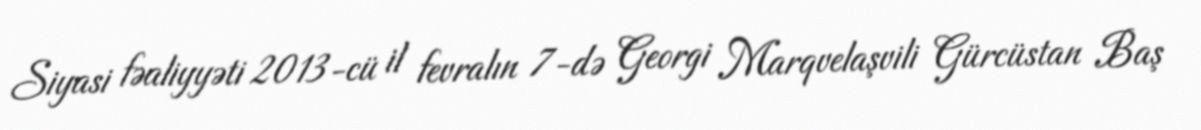
Siyasi fəaliyyəti 2013-cü il fevralın 7-də Georgi Marqvelaşvili Gürcüstan Baş